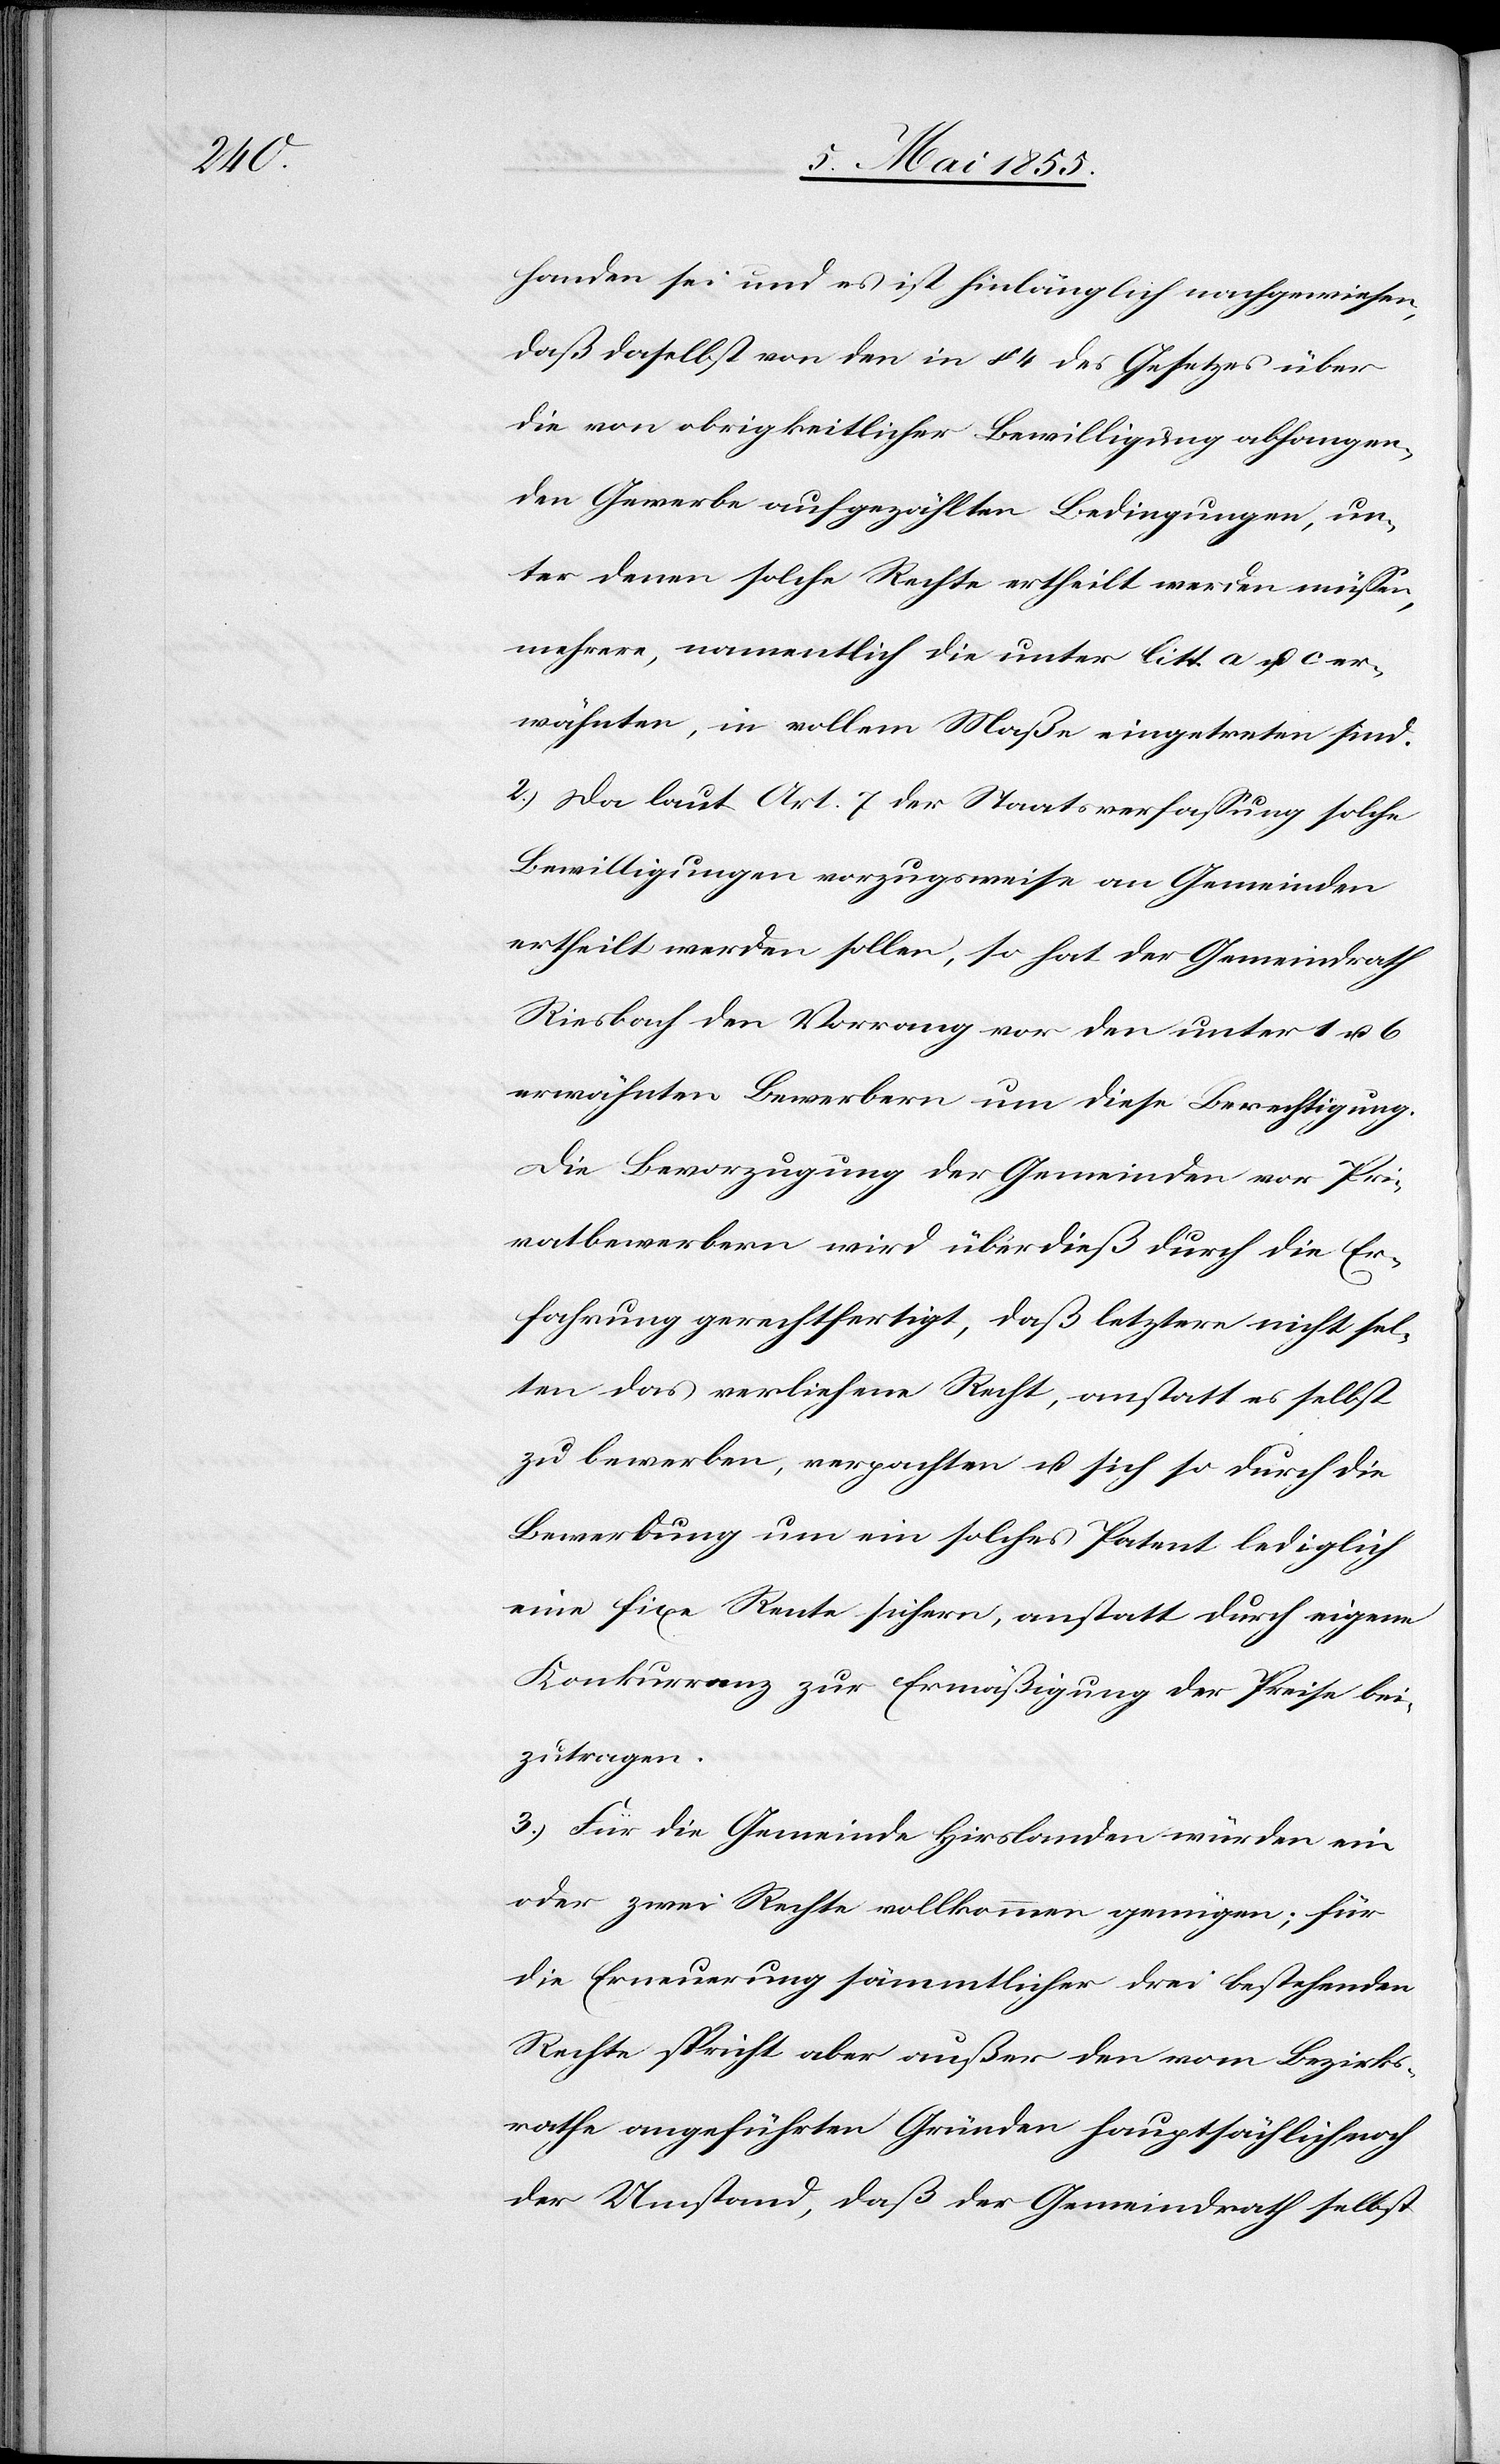
handen sei und es ist hinlänglich nachgewiesen,
daß daselbst von den in § 4 des Gesetzes über
die von obrigkeitlicher Bewilligung abhangen¬
den Gewerbe aufgezählten Bedingungen, un¬
ter denen solche Rechte ertheilt werden müssen,
mehrere, namentlich die unter litt. a u. c er¬
wähnten, in vollem Maße eingetreten sind.
2.) Da laut Art. 7 der Staatsverfassung solche
Bewilligungen vorzugsweise an Gemeinden
ertheilt werden sollen, so hat der Gemeindrath
Riesbach den Vorrang vor den unter 1 u. 6
erwähnten Bewerbern um diese Berechtigung.
Die Bevorzugung der Gemeinden vor Pri¬
vatbewerbern wird überdieß durch die Er¬
fahrung gerechtfertigt, daß letztere nicht sel¬
ten das verliehene Recht, anstatt es selbst
zu bewerben, verpachten u. sich so durch die
Bewerbung um ein solches Patent lediglich
eine fixe Rente sichern, anstatt durch eigene
Konkurrenz zur Ermäßigung der Preise bei¬
zutragen.
3.) Für die Gemeinde Hirslanden würden ein
oder zwei Rechte vollkommen genügen; für
die Erneuerung sämmtlicher drei bestehenden
Rechte spricht aber außer den vom Bezirks¬
rathe angeführten Gründen hauptsächlich noch
der Umstand, daß der Gemeindrath selbst